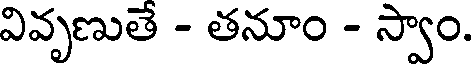
వివృణుతే - తనూం - స్వాం.